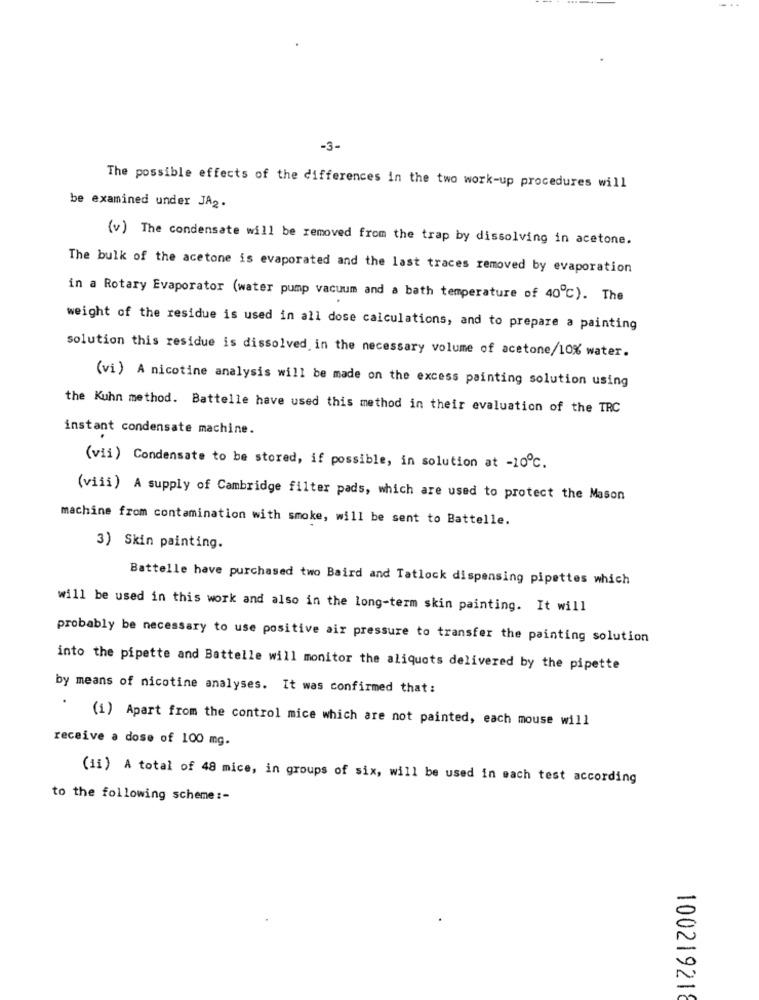
-3-
The possible effects of the differences in the two work-up procedures will
be examined under JA2.
(v) The condensate will be removed from the trap by dissolving in acetone.
The bulk of the acetone is evaporated and the last traces removed by evaporation
in a Rotary Evaporator (water pump vacuum and a bath temperature of 40℃). The
weight of the residue is used in all dose calculations, and to prepare a painting
solution this residue is dissolved in the necessary volume of acetone/10% water.
(vi) A nicotine analysis will be made on the excess painting solution using
the Kuhn method. Battelle have used this method in their evaluation of the TRC
instant condensate machine.
(vii) Condensate to be stored, if possible, in solution at -10℃.
(viii) A supply of Cambridge filter pads, which are used to protect the Mason
machine from contamination with smoke, will be sent to Battelle.
3) Skin painting.
Battelle have purchased two Baird and Tatlock dispensing pipettes which
will be used in this work and also in the long-term skin painting. It will
probably be necessary to use positive air pressure to transfer the painting solution
into the pipette and Battelle will monitor the aliquots delivered by the pipette
by means of nicotine analyses. It was confirmed that :
(1) Apart from the control mice which are not painted, each mouse will
receive a dose of 100 mg.
(11) A total of 48 mice, in groups of six, will be used in each test according
to the following scheme :-
100219218